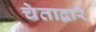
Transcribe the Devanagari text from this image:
चेताद्वारे